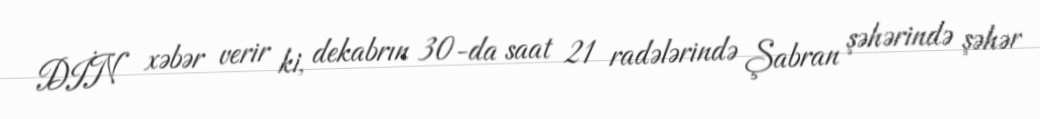
DİN xəbər verir ki, dekabrın 30-da saat 21 radələrində Şabran şəhərində şəhər